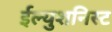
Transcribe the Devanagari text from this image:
ईल्युशनिस्ट